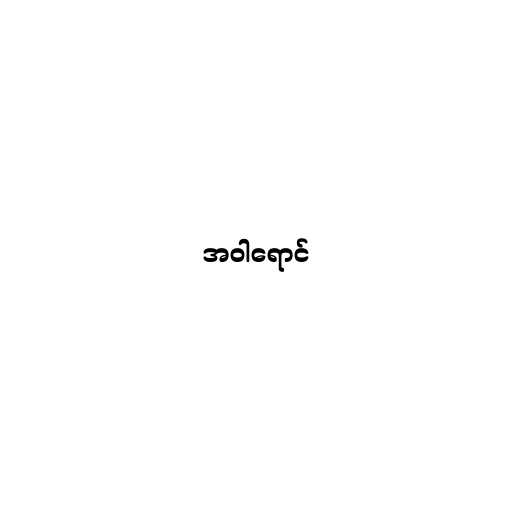
အဝါရောင်